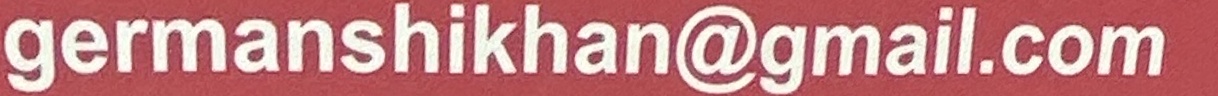
germanshikhan@gmial.com